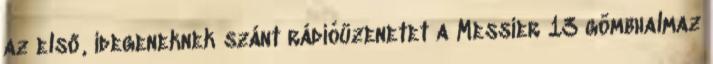
az első, idegeneknek szánt rádióüzenetet a Messier 13 gömbhalmaz